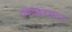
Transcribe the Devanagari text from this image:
।विदेश्वरस्थान